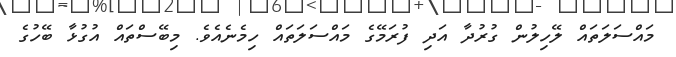
މައްސަލަތައް ލޭހިލުން ގުރުދާ އަދި ފުރަމޭގެ މައްސަލަތައް ހިމެނެއެވެ. މިބޭސްތައް އުގުޅާ ބޭހުގެ